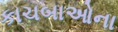
કાચબાઓના